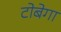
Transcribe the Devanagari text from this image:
टोबेगा